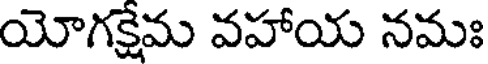
యోగక్షేమ వహాయ నమః